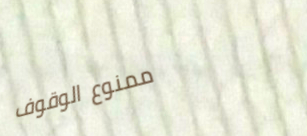
ممنوع الوقوف